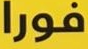
فورا